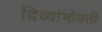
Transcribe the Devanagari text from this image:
दिव्यांभोवती